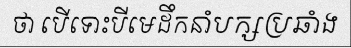
ថា បើទោះបីមេដឹកនាំបក្សប្រឆាំង